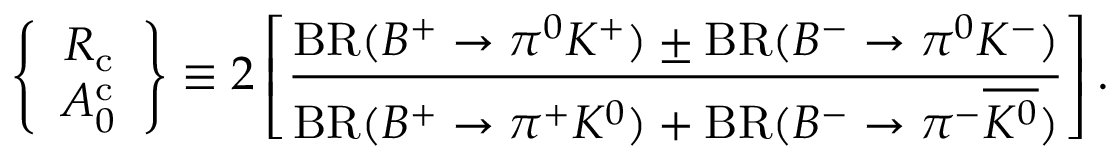
\left\{ \begin{array} { c } { { R _ { \mathrm { c } } } } \\ { { A _ { 0 } ^ { \mathrm { c } } } } \end{array} \right\} \equiv 2 \left[ \frac { \mathrm { B R } ( B ^ { + } \to \pi ^ { 0 } K ^ { + } ) \pm \mathrm { B R } ( B ^ { - } \to \pi ^ { 0 } K ^ { - } ) } { \mathrm { B R } ( B ^ { + } \to \pi ^ { + } K ^ { 0 } ) + \mathrm { B R } ( B ^ { - } \to \pi ^ { - } \overline { { { K ^ { 0 } } } } ) } \right] .